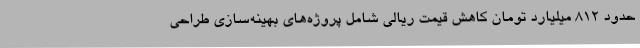
حدود 812 میلیارد تومان کاهش قیمت ریالی شامل پروژه‌های بهینه‌سازی طراحی